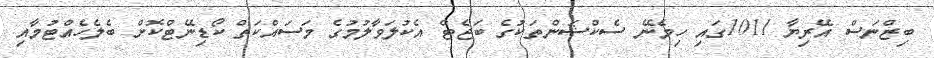
ބިޒްނަސް އޭރިޔާ 1011ގައި ހިމެނޭ ސެކްޝަންތަކުގެ ބަޖެޓް އެކުލަވާލުމުގެ މަސައްކަތް ކޯޑިނޭޓްކޮށް ބެލެހެއްޓުމާއި